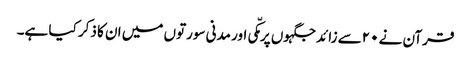
قرآن نے ۲۰سے زائد جگہوں پر مکّی اور مدنی سورتوں میں ان کا ذکر کیا ہے۔